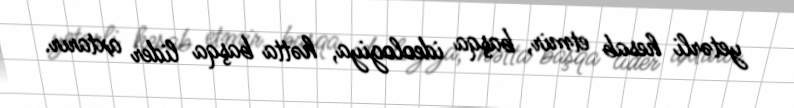
yetərli hesab etmir, başqa ideologiya, hətta başqa lider axtarır.